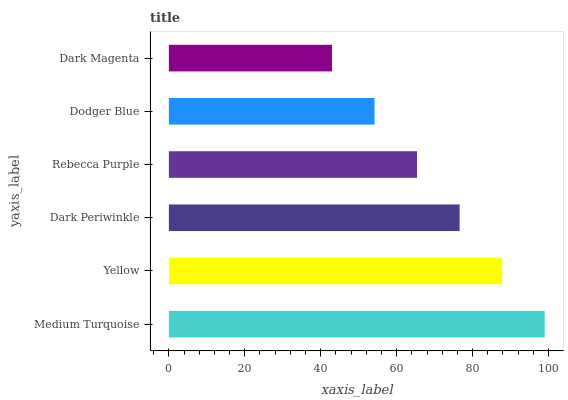
| yaxis_label | bars |
 | --- | --- |
 | Medium Turquoise | 99 |
 | Yellow | 87.8 |
 | Dark Periwinkle | 76.6 |
 | Rebecca Purple | 65.4 |
 | Dodger Blue | 54.2 |
 | Dark Magenta | 43 |